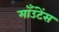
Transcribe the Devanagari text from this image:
माँउंटेंस